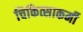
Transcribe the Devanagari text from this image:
चिकित्साकर्मी